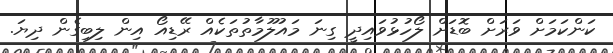
ކަންކަމަށް ވަރަށް ބޮޑަށް ލޯހުޅުވައިދީ ގިނަ މައުލޫމާތުތަކެއް ރޭޑިއޯ އިން ލިބިގެން ދިޔަ.